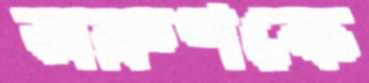
অরুণকে